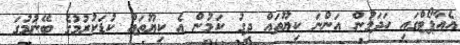
އެއާޕޯޓްގައި ހަދަމުން އަންނަ ކިޔޫތައް ދިގު ކަމުން އެ ކިޔޫތައް ކުޑަކުރުމުގެ ބޭނުމުގަ